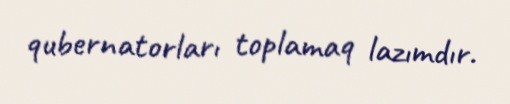
qubernatorları toplamaq lazımdır.